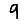
Digit: 9